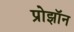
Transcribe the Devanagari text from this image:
प्रोझॉन